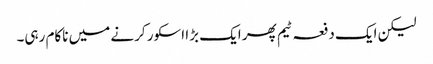
لیکن ایک دفعہ ٹیم پھر ایک بڑا اسکور کرنے میں ناکام رہی۔